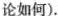
论如何).